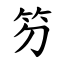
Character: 䇖